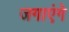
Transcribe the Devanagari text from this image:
जगाएंगे